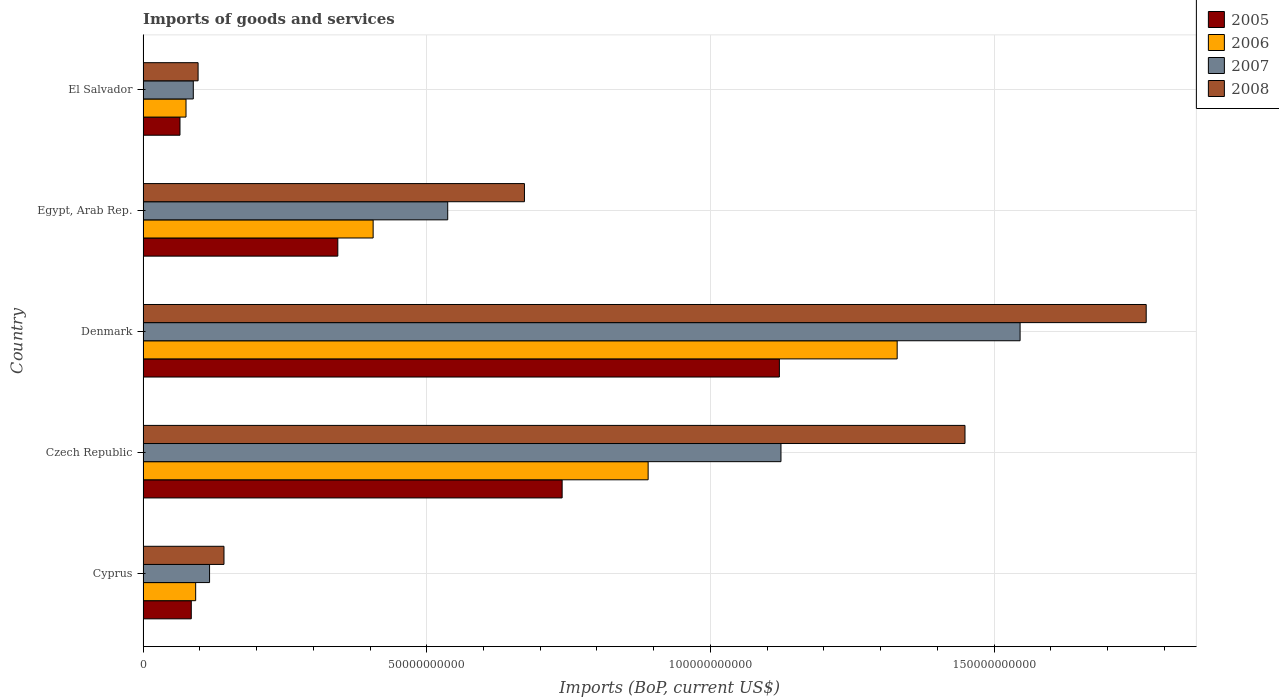
| Country | 2005 | 2006 | 2007 | 2008 |
 | --- | --- | --- | --- | --- |
 | Cyprus | 8.5e+09 | 9.27e+09 | 1.17e+10 | 1.43e+10 |
 | Czech Republic | 7.39e+10 | 8.9e+10 | 1.12e+11 | 1.45e+11 |
 | Denmark | 1.12e+11 | 1.33e+11 | 1.55e+11 | 1.77e+11 |
 | Egypt, Arab Rep. | 3.43e+10 | 4.06e+10 | 5.37e+10 | 6.72e+10 |
 | El Salvador | 6.51e+09 | 7.57e+09 | 8.86e+09 | 9.7e+09 |